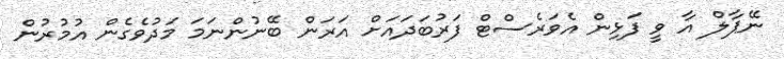
ނޭޕާލް އާ ވީ ފަޅިން އެވަރެސްޓް ފަރުބަދައަށް އަރަން ބޭނުންނަމަ މަދުވެގެން އުމުރުން